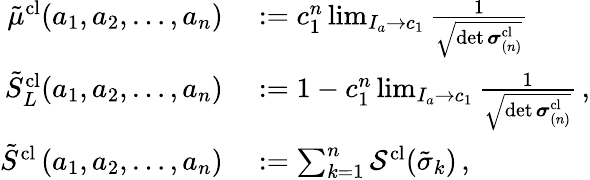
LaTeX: \begin{array}{rl}{\tilde{\mu}^{\mathrm{cl}}(a_{1},a_{2},\dots,a_{n})}&{{}:=c_{1}^{n}\operatorname*{lim}_{I_{a}\to c_{1}}\frac{1}{\sqrt{\operatorname*{det}\boldsymbol{\sigma}_{(n)}^{\mathrm{cl}}}}}\\ {\tilde{S}_{L}^{\textrm{cl}}(a_{1},a_{2},\dots,a_{n})}&{{}:=1-c_{1}^{n}\operatorname*{lim}_{I_{a}\to c_{1}}\frac{1}{\sqrt{\operatorname*{det}\boldsymbol{\sigma}_{(n)}^{\mathrm{cl}}}}\, ,}\\ {\tilde{S}^{\textrm{cl}}\left(a_{1},a_{2},\dots,a_{n}\right)}&{{}:=\sum_{k=1}^{n}\mathcal{S}^{\textrm{cl}}(\tilde{\sigma}_{k})\, ,}\end{array}